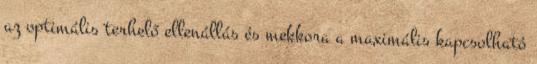
az optimális terhelő ellenállás és mekkora a maximális kapcsolható